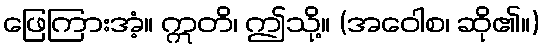
ဖြေကြားအံ့။ ဣတိ၊ ဤသို့။ (အဝေါစ၊ ဆို၏။)